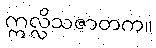
ဣလ္လိသဇာတက။